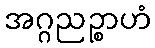
အဂ္ဂညဉ္စာဟံ